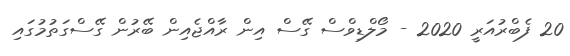
20 ފެބްރުއަރީ 2020 - މޯލްޑިވްސް ގޭސް އިން ރާއްޖެއިން ބޭރުން ގޭސްގަތުމުގައި